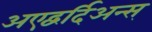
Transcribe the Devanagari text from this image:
अएद्वर्दिअन्स्